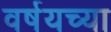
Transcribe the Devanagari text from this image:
वर्षयच्या